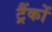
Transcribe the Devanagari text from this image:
ट्रैंकों